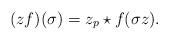
LaTeX: \begin{align*}(zf)(\sigma) = z_p \star f(\sigma z).\end{align*}